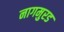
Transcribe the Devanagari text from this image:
नागमुरड